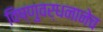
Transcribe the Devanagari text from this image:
विष्णुवर्धनानेच